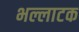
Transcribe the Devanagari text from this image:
भल्लाटक